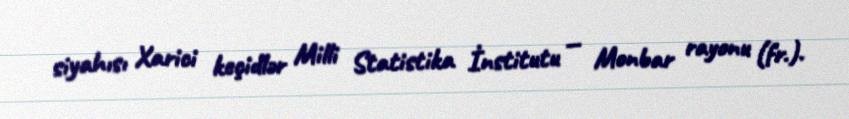
siyahısı Xarici keçidlər Milli Statistika İnstitutu — Monbar rayonu (fr.).